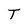
Character: T